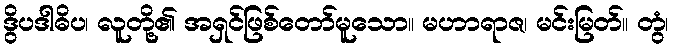
ဒွိပဒါဓိပ၊ လူတို့၏ အရှင်ဖြစ်တော်မူသော။ မဟာရာဇ၊ မင်းမြတ်။ တွံ၊